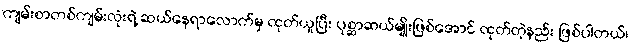
ကျမ်းစာတစ်ကျမ်းလုံးရဲ့ ဆယ်နေရာလောက်မှ ထုတ်ယူပြီး ပုစ္ဆာဆယ်မျိုးဖြစ်အောင် ထုတ်တဲ့နည်း ဖြစ်ပါတယ်၊